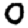
Digit: 0